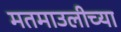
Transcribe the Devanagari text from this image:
मतमाउलीच्या